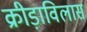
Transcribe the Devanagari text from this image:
क्रीड़ाविलास